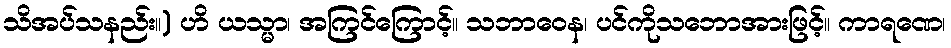
သိအပ်သနည်း။) ဟိ ယသ္မာ၊ အကြင်ကြောင့်။ သဘာဝေန၊ ပင်ကိုသဘောအားဖြင့်။ ကာရဏေ၊